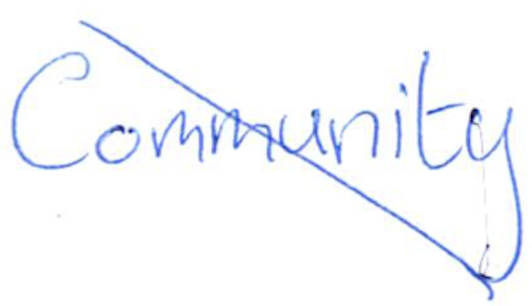
Text: Community
Cross-out: diagonal
Writing tool: ballpoint